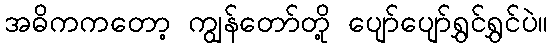
အဓိကကတော့ ကျွန်တော်တို့ ပျော်ပျော်ရွှင်ရွှင်ပဲ။